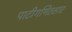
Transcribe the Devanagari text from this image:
पाटीगणितसार